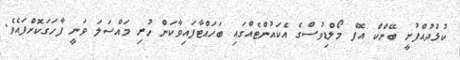
ކުޅުދުއްފުށީ ބޭންކް އޮފް މޯލްޑިވުސްގެ އެކައުންޓެއްގައި ބަހައްޓާފައިވާކަން ހުރި މައްސަލަ ވަނީ ފާހަގަކޮށްފައެވެ.